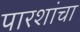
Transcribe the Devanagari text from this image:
पारशांचा